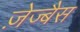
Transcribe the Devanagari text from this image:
ज़ेज्बैस